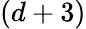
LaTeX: (d+3)